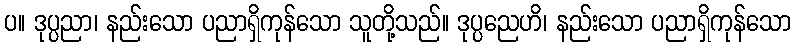
ပ။ ဒုပ္ပညာ၊ နည်းသော ပညာရှိကုန်သော သူတို့သည်။ ဒုပ္ပညေဟိ၊ နည်းသော ပညာရှိကုန်သော